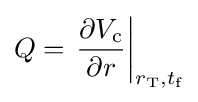
Q=\left.{\frac {\partial V_{\text{c}}}{\partial r}}\right|_{r_{\text{T}},t_{\text{f}}}